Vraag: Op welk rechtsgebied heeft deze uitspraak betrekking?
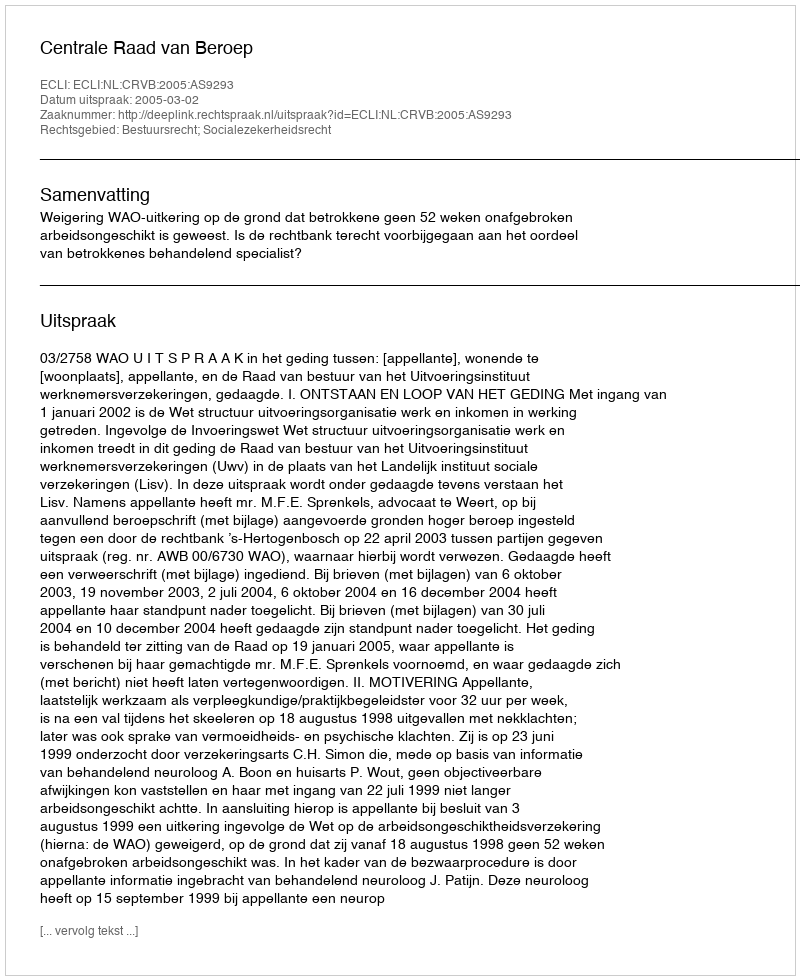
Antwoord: Bestuursrecht; Socialezekerheidsrecht